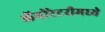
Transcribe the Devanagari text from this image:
लॅबोरेटरीमध्ये